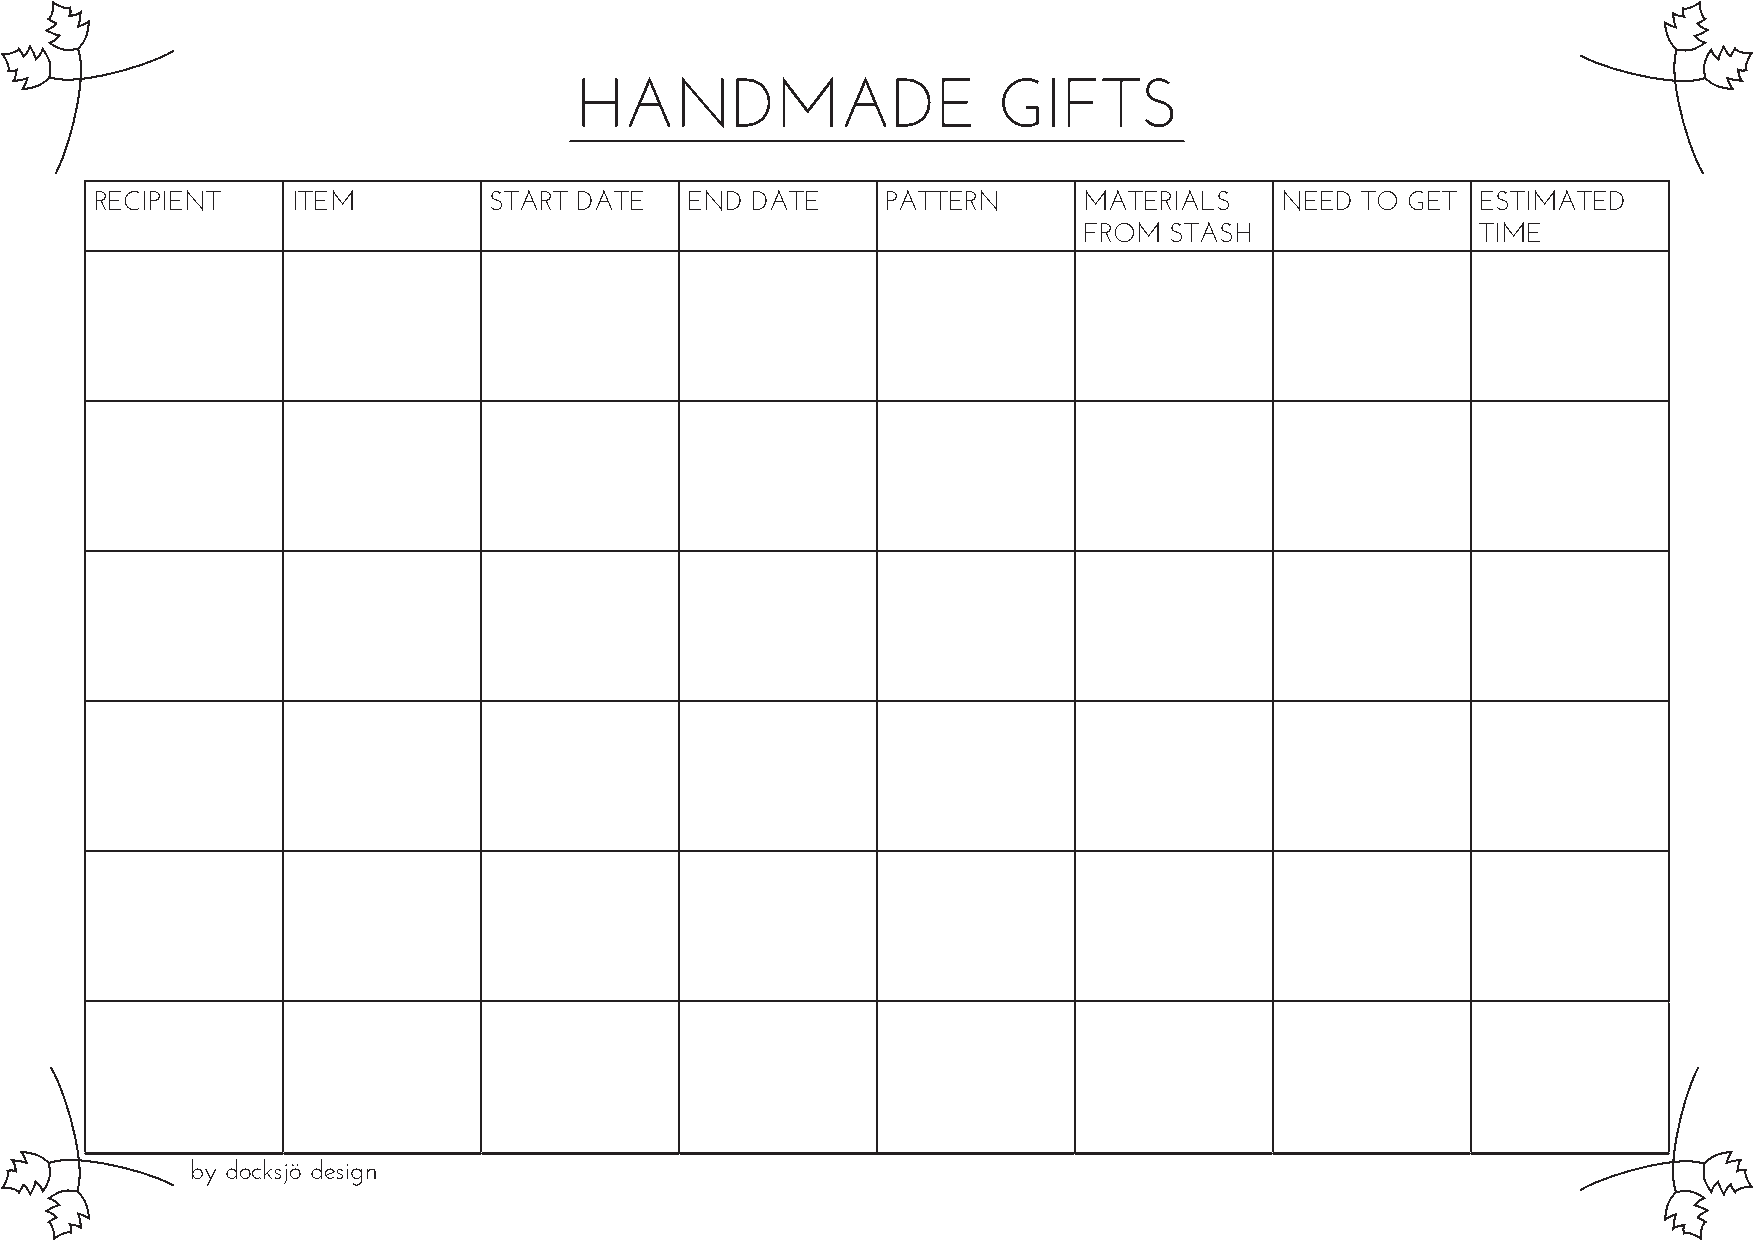
HANDMADE                    GIFTS
 RECIPIENT    ITEM         START DATE    END DATE     PATTERN      MATERIALS    NEED TO GET  ESTIMATED
 FROM STASH                TIME
 by docksjö design